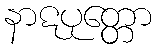
နာဋပုတ္တော